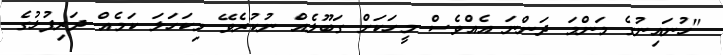
"ހުނައިނުގެ މަންމަ ދަންނަ އެއްވެސް މީހަކަށް ގަބޫލެއް ނުކުރެވޭ މިކަހަލަ ކަމެއް ދަރިފުޅުގެ